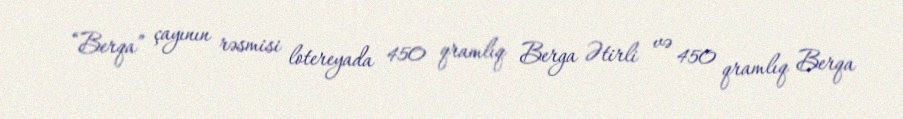
“Berqa” çayının rəsmisi lotereyada 450 qramlıq Berga Ətirli və 450 qramlıq Berqa